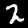
Label: 2